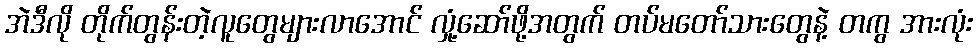
အဲဒီလို တိုက်တွန်းတဲ့လူတွေများလာအောင် လှုံ့ဆော်ဖို့အတွက် တပ်မတော်သားတွေနဲ့ တကွ အားလုံး